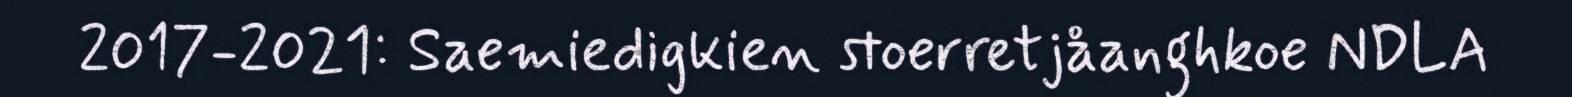
2017-2021: Saemiedigkien stoerretjåanghkoe NDLA